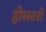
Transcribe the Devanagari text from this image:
होलटरों